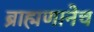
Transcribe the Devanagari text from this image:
ब्राह्मणानेच